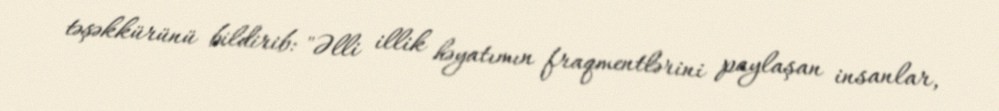
təşəkkürünü bildirib: "Əlli illik həyatımın fraqmentlərini paylaşan insanlar,